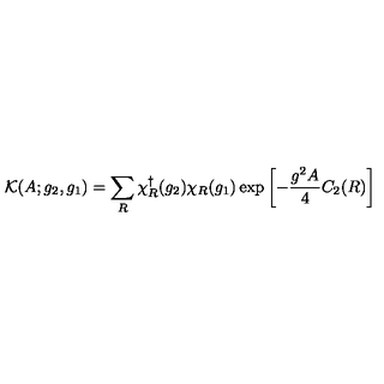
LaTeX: \mathcal { K } ( A ; g _ { 2 } , g _ { 1 } ) = \sum _ { R } \chi _ { R } ^ { \dagger } ( g _ { 2 } ) \chi _ { R } ( g _ { 1 } ) \exp \left[ - \frac { g ^ { 2 } A } { 4 } C _ { 2 } ( R ) \right]